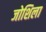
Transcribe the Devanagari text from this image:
जोशिला